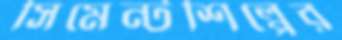
সিমেন্টশিল্পের